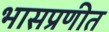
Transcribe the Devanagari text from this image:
भासप्रणीत